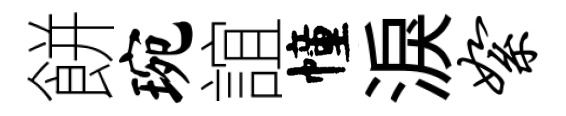
餅琬誼幢淚絮